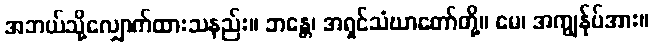
အဘယ်သို့လျှောက်ထားသနည်း။ ဘန္တေ၊ အရှင်သံဃာတော်တို့။ မေ၊ အကျွန်ုပ်အား။